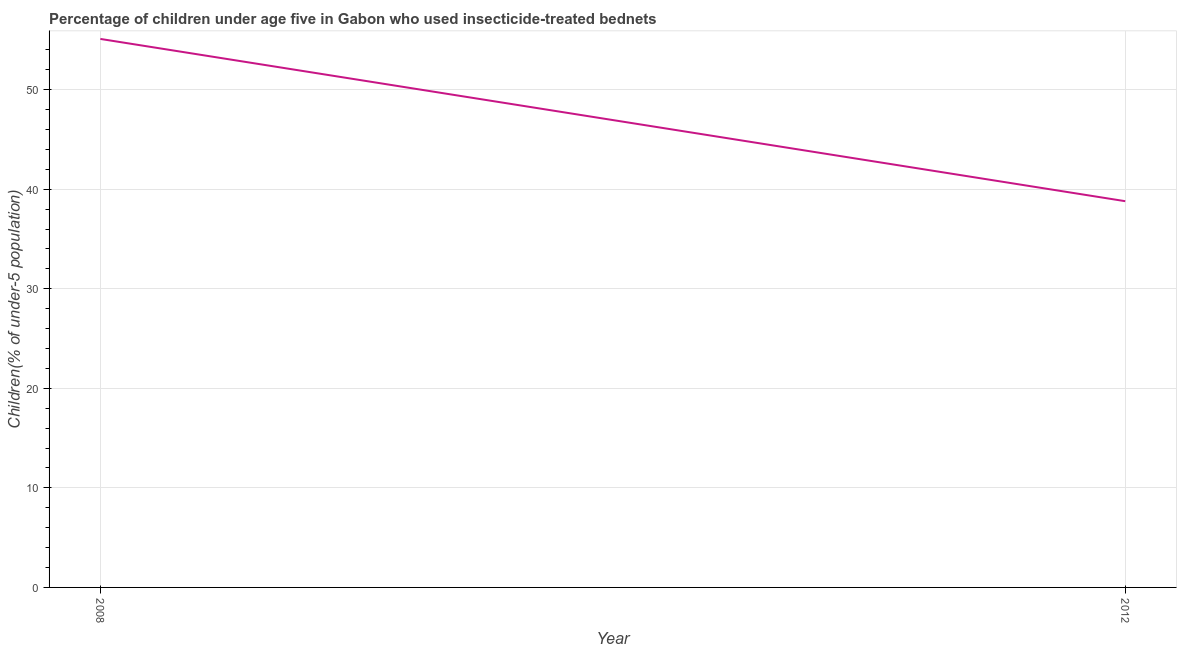
| Year | Use of insecticide-treated bed nets (% of under-5 population) |
 | --- | --- |
 | 2008 | 55.1 |
 | 2012 | 38.8 |